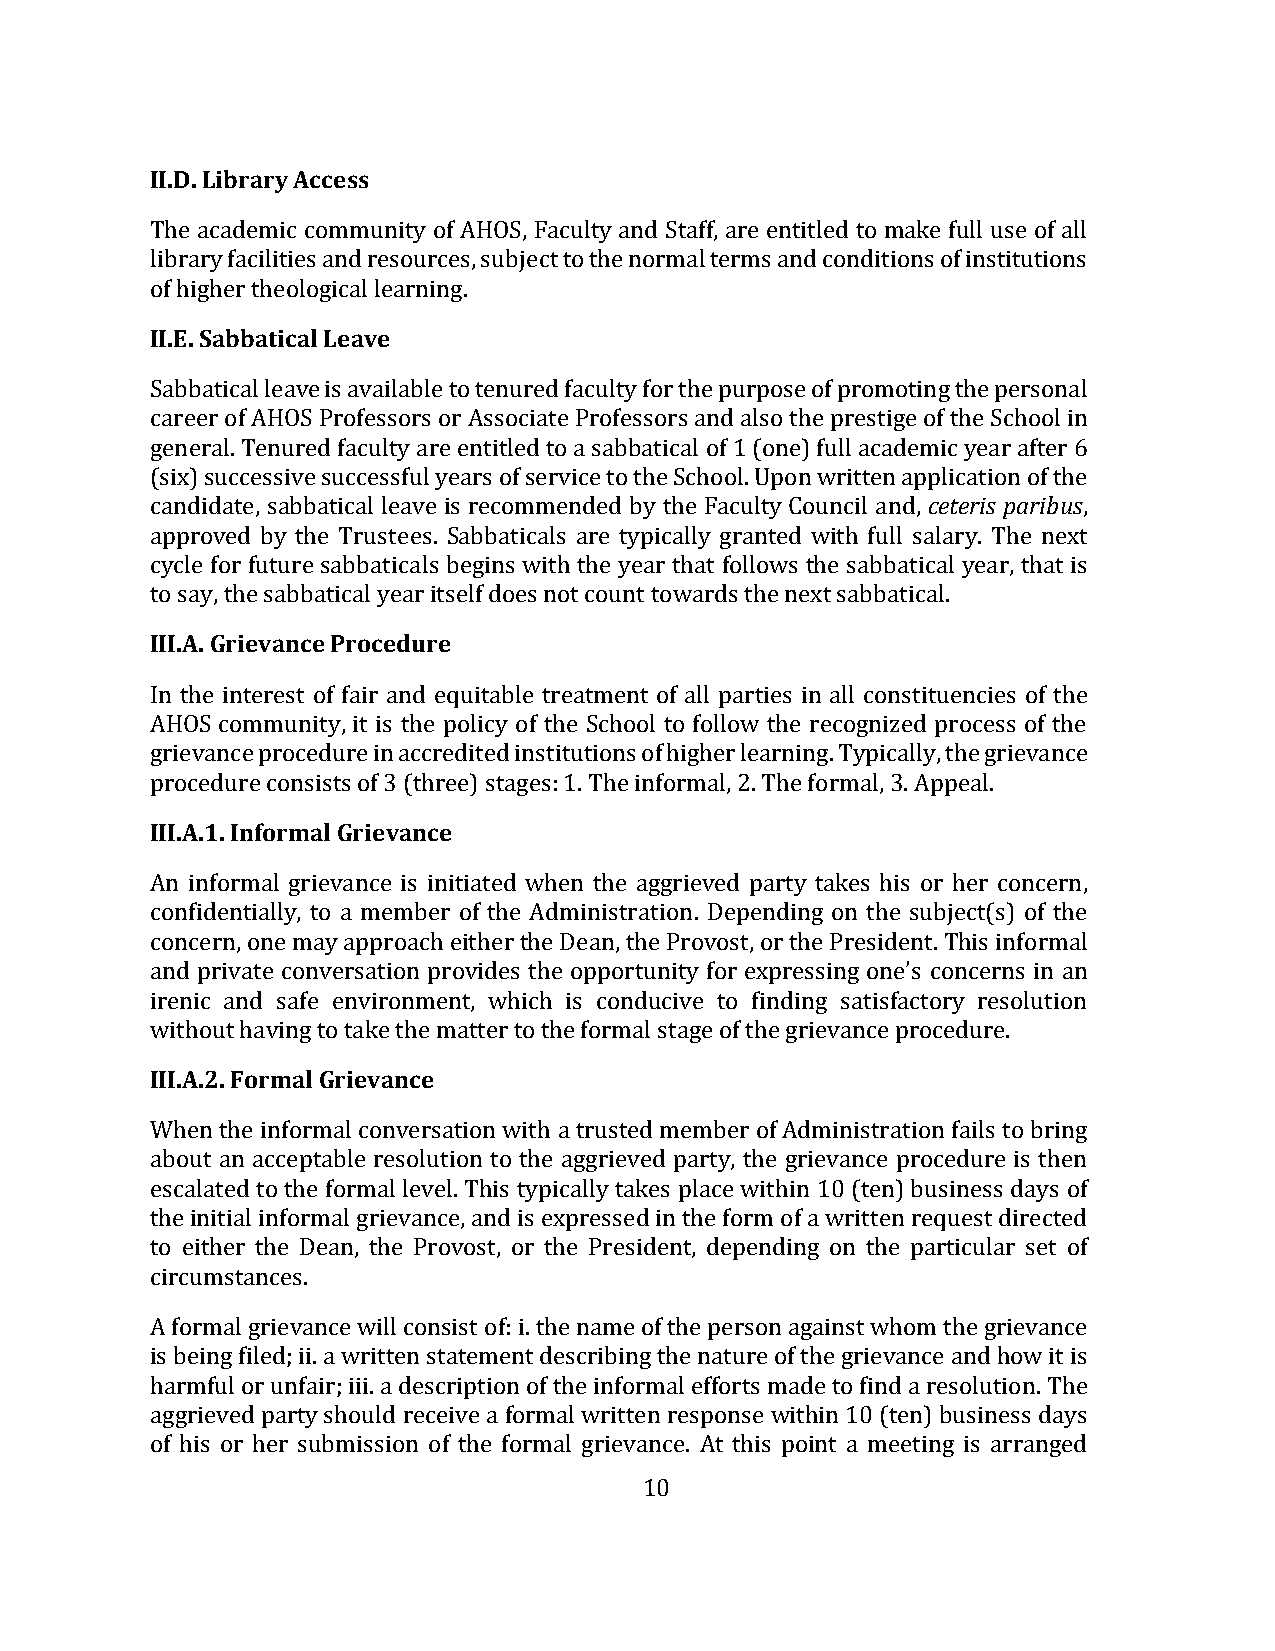
II.D. Library Access
 The academic community of AHOS, Faculty and Staff, are entitled to make full use of all
 library facilities and resources, subject to the normal terms and conditions of institutions
 of higher theological learning.
 II.E. Sabbatical Leave
 Sabbatical leave is available to tenured faculty for the purpose of promoting the personal
 career of AHOS Professors or Associate Professors and also the prestige of the School in
 general. Tenured faculty are entitled to a sabbatical of 1 (one) full academic year after 6
 (six) successive successful years of service to the School. Upon written application of the
 candidate, sabbatical leave is recommended by the Faculty Council and, ceteris paribus,
 approved by the Trustees. Sabbaticals are typically granted with full salary. The next
 cycle for future sabbaticals begins with the year that follows the sabbatical year, that is
 to say, the sabbatical year itself does not count towards the next sabbatical.
 III.A. Grievance Procedure
 In the interest of fair and equitable treatment of all parties in all constituencies of the
 AHOS community, it is the policy of the School to follow the recognized process of the
 grievance procedure in accredited institutions of higher learning. Typically, the grievance
 procedure consists of 3 (three) stages: 1. The informal, 2. The formal, 3. Appeal.
 III.A.1. Informal Grievance
 An informal grievance is initiated when the aggrieved party takes his or her concern,
 confidentially, to a member of the Administration. Depending on the subject(s) of the
 concern, one may approach either the Dean, the Provost, or the President. This informal
 and private conversation provides the opportunity for expressing one’s concerns in an
 irenic and safe environment, which is conducive to finding satisfactory resolution
 without having to take the matter to the formal stage of the grievance procedure.
 III.A.2. Formal Grievance
 When the informal conversation with a trusted member of Administration fails to bring
 about an acceptable resolution to the aggrieved party, the grievance procedure is then
 escalated to the formal level. This typically takes place within 10 (ten) business days of
 the initial informal grievance, and is expressed in the form of a written request directed
 to either the Dean, the Provost, or the President, depending on the particular set of
 circumstances.
 A formal grievance will consist of: i. the name of the person against whom the grievance
 is being filed; ii. a written statement describing the nature of the grievance and how it is
 harmful or unfair; iii. a description of the informal efforts made to find a resolution. The
 aggrieved party should receive a formal written response within 10 (ten) business days
 of his or her submission of the formal grievance. At this point a meeting is arranged
 10